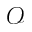
\mathscr { O }